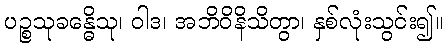
ပဉ္စသုခန္ဓေိသု၊ ဝါဒ၊ အဘိဝိနိသိတွာ၊ နှစ်လုံးသွင်း၍။